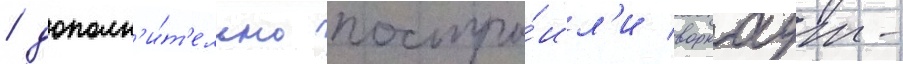
/ дополн'и́т'ельно постро́ил'и воркаут-